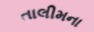
તાલીમના